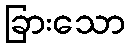
ခြားသော